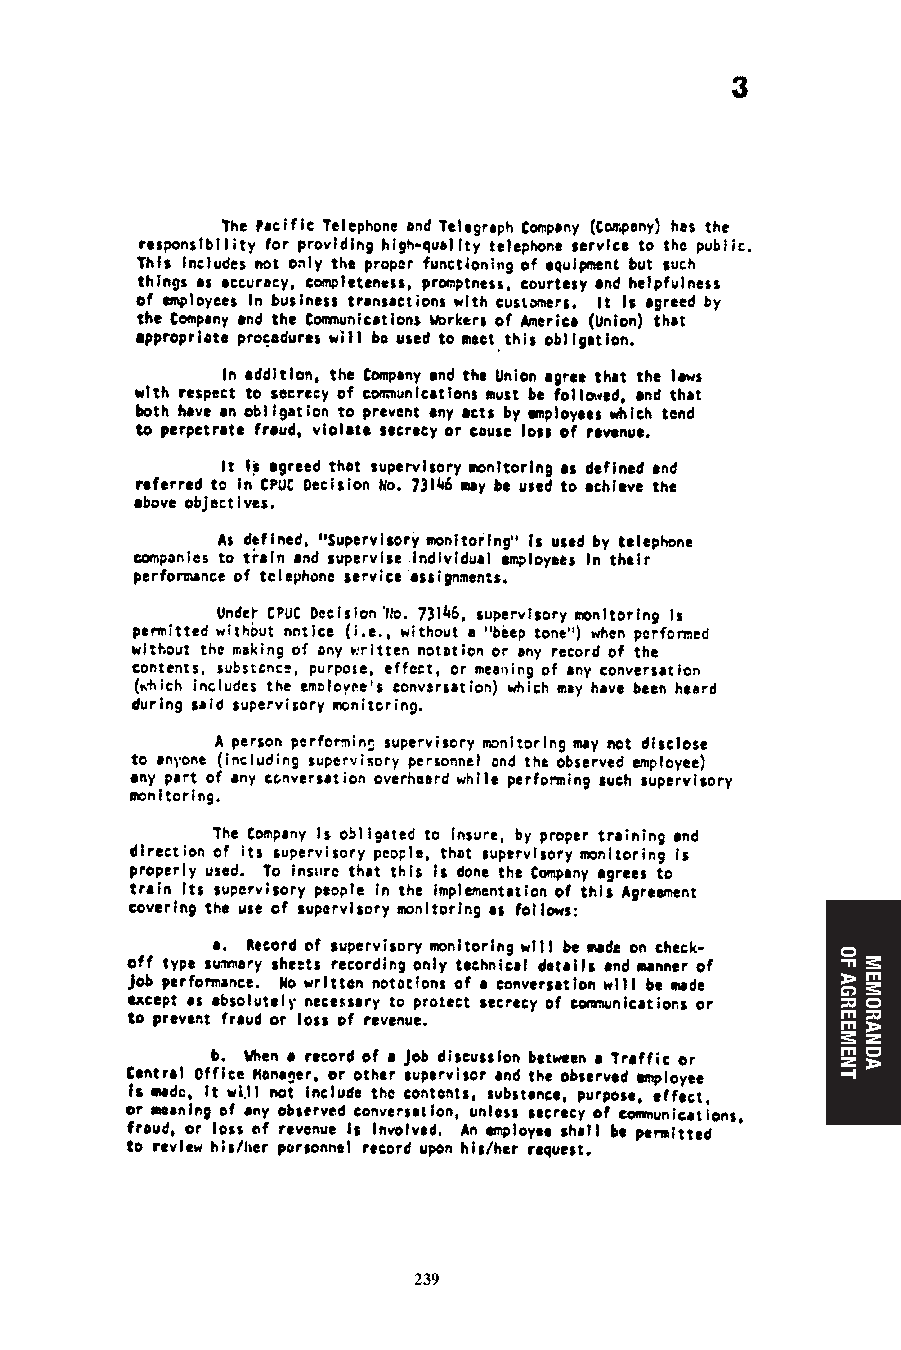
238                          239
 239
 239
 OF
 AGREEMENT
 MEMORANDA